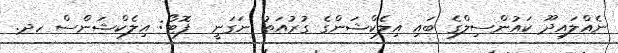
ނެއްލައިދޫ ކައުންސިލްގެ ބައި އިލެކްޝަންގެ ގުރުއަތު ނަގަނީ  ފޮޓޯ: އިލެކްޝަންސް ހދ.